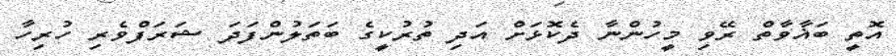
އޮތީ ބަޣާވާތް ރޭވި މީހުންނާ ދެކޮޅަށް އަދި ތުރުކީގެ ބަތަލުންފަދަ ޝަރަފްވެރި ހުރިހާ